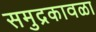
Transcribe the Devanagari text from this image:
समुद्रकावळा